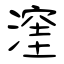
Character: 漥